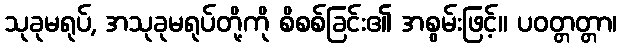
သုခုမရုပ်, အသုခုမရုပ်တို့ကို စိစစ်ခြင်း၏ အစွမ်းဖြင့်။ ပဝတ္တတ္တာ၊